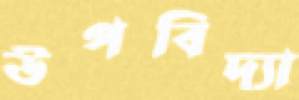
উপবিদ্যা